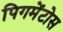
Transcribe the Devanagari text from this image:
पिगमेंटोस